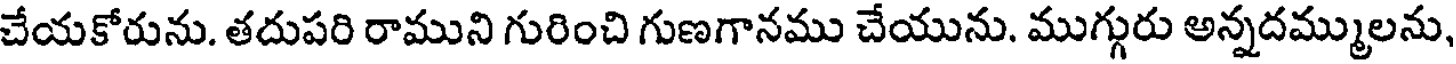
చేయకోరును. తదుపరి రాముని గురించి గుణగానము చేయును. ముగ్గురు అన్నదమ్ములను